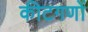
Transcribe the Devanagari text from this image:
कीटगणों